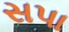
સપા